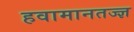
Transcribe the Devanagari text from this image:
हवामानतज्ज्ञ